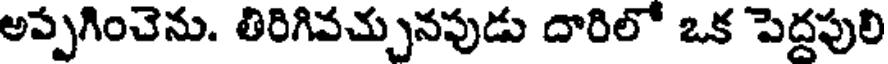
అప్పగించెను. తిరిగివచ్చునపుడు దారిలో ఒక పెద్దపులి